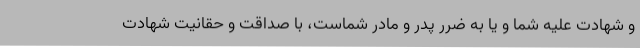
و شهادت علیه شما و یا به ضرر پدر و مادر شماست، با صداقت و حقانیت شهادت